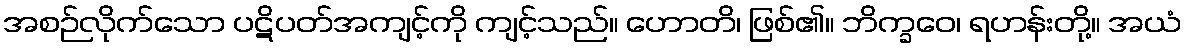
အစဉ်လိုက်သော ပဋိပတ်အကျင့်ကို ကျင့်သည်။ ဟောတိ၊ ဖြစ်၏။ ဘိက္ခဝေ၊ ရဟန်းတို့။ အယံ